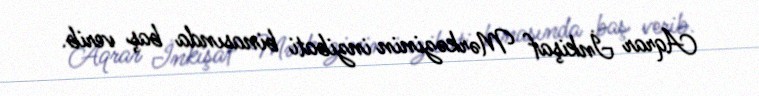
Aqrar İnkişaf Mərkəzinin inzibati binasında baş verib.